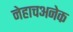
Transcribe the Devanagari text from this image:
नेहाचअनेक